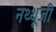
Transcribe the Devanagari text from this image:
नथ्थूजी